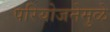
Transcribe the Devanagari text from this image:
परियोजनेमुळे